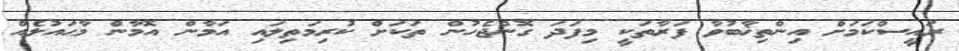
ރައީސްކަމަށް އިންތިޚާބުވާ ފަރާތަކީ މިފަދަ ގޮންޖެހުން ތަކަށް ކުރިމަތިލައި އަމާން އޮމާން މާޙައުލެއް